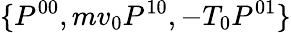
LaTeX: \{ P^{00},mv_{0}P^{10},-T_{0}P^{01}\}